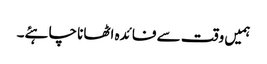
ہمیں وقت سے فائدہ اٹھانا چاہئے۔